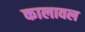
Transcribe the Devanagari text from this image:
कालावल